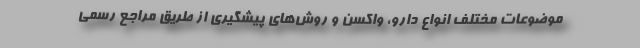
موضوعات مختلف انواع دارو، واکسن و روش‌های پیشگیری از طریق مراجع رسمی